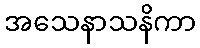
အသေနာသနိကာ